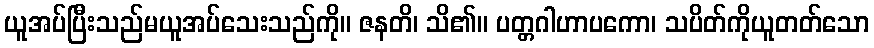
ယူအပ်ပြီးသည်မယူအပ်သေးသည်ကို။ ဇနတိ၊ သိ၏။ ပတ္တဂါဟာပကော၊ သပိတ်ကိုယူတတ်သော